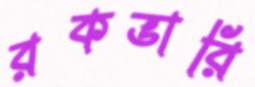
রকভারি